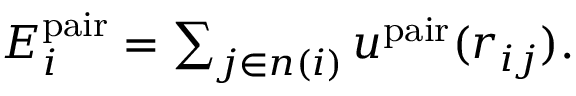
\begin{array} { r } { E _ { i } ^ { \mathrm { p a i r } } = \sum _ { j \in n ( i ) } u ^ { \mathrm { p a i r } } ( r _ { i j } ) . } \end{array}